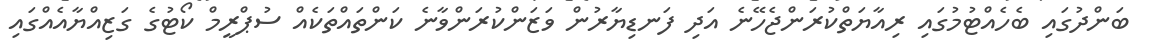
ބަންދުގައި ބެހެއްޓުމުގައި ރިއާޔަތްކުރަންޖެހޭނެ އަދި ފަނޑިޔާރުން ވަޒަންކުރަންވާނެ ކަންތައްތަކެއް ސުޕްރީމް ކޯޓުގެ ގަޒިއްޔާއެއްގައި